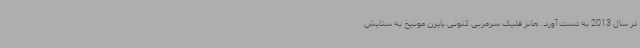
در سال 2013 به دست آورد. هانز فلیک سرمربی کنونی بایرن مونیخ به ستایش